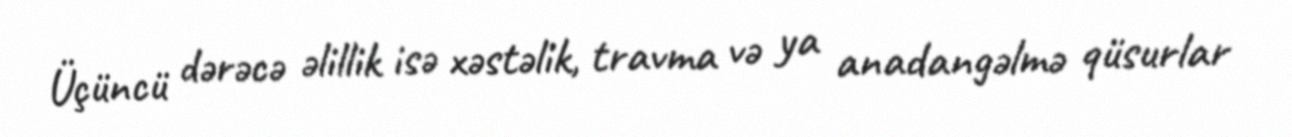
Üçüncü dərəcə əlillik isə xəstəlik, travma və ya anadangəlmə qüsurlar